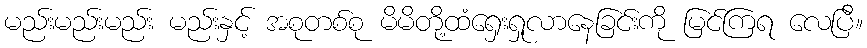
မည်းမည်းမည်း မည်းနှင့် အစုတစ်စု မိမိတို့ထံရှေးရှုလာနေခြင်းကို မြင်ကြရ လေပြီ။